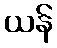
ယန်